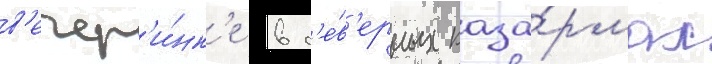
в'ечер'и́нк'е в с'е́в'ерных каза́рмах